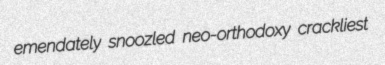
emendately snoozled neo-orthodoxy crackliest